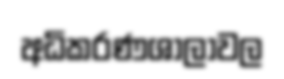
අධිකරණශාලාවල